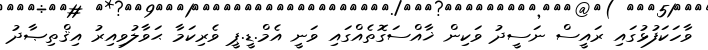
ވާހަކަފުޅުގައި ރައީސް ނަސީދު ވަކިން ޚާއްސަގޮތެއްގައި ވަނީ އެމް.ޑީ.ޕީ ވެރިކަމާ ޙަވާލުވިއިރު އިޤްތިޞާދު